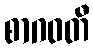
စာဂဝတီ